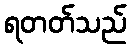
ရတတ်သည်